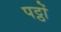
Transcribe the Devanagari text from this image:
पट्ठों